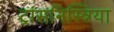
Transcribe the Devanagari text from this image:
ट्रांसनिस्त्रिया